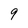
Character: 9